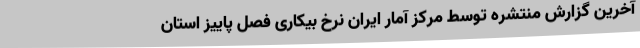
آخرین گزارش منتشره توسط مرکز آمار ایران نرخ بیکاری فصل پاییز استان